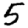
Digit: 5